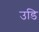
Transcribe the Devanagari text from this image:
उडि